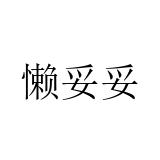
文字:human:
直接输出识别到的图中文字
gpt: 懒妥妥